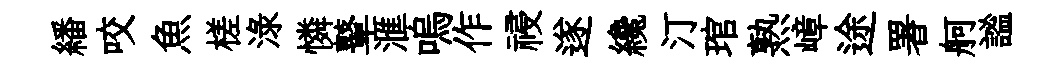
繙咬魚槎渌憐鼙滙嗚作祲遂纔汀琯熟嶂途署舸謐